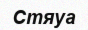
Стяуа